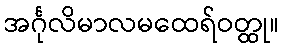
အင်္ဂုလိမာလမထေရ်ဝတ္ထု။